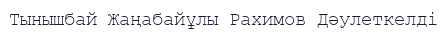
Тынышбай Жаңабайұлы Рахимов Дәулеткелді